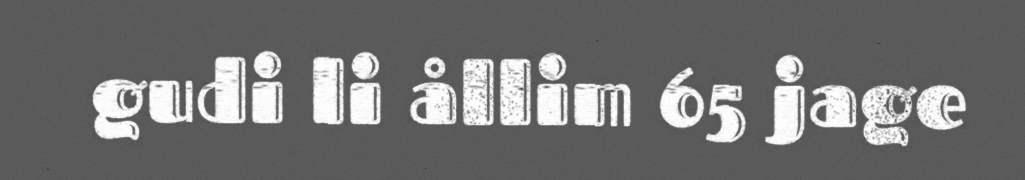
gudi li ållim 65 jage